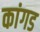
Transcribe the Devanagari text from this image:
कांगड